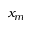
x _ { m }